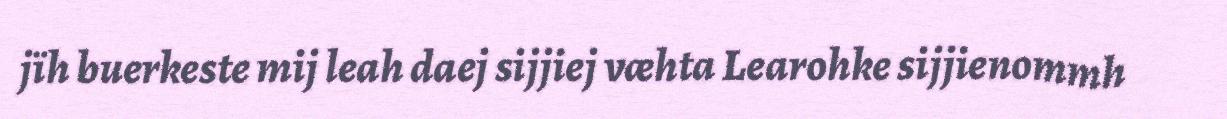
jïh buerkeste mij leah daej sijjiej væhta Learohke sijjienommh